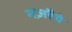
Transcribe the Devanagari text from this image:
नज़रैये